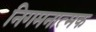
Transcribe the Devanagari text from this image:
निगमनात्‍मक